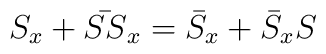
S_x + \bar{SS}_x = \bar{S}_x + \bar{S}_x S